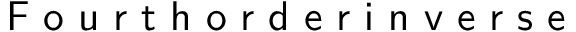
\textsf { F o u r t h o r d e r i n v e r s e }